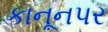
કાનૂનપર